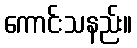
ကောင်းသနည်း။